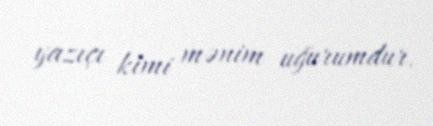
yazıçı kimi mənim uğurumdur.